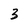
Character: 3